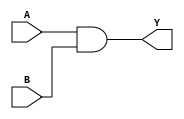
module continuous_assignment(
    input A, 
    input B, 
    output Y
);

assign Y = A & B;

endmodule